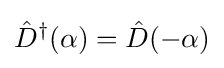
{\hat {D}}^{\dagger }(\alpha )={\hat {D}}(-\alpha )